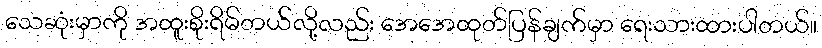
သေဆုံးမှာကို အထူးစိုးရိမ်တယ်လို့လည်း အေအေထုတ်ပြန်ချက်မှာ ရေးသားထားပါတယ်။